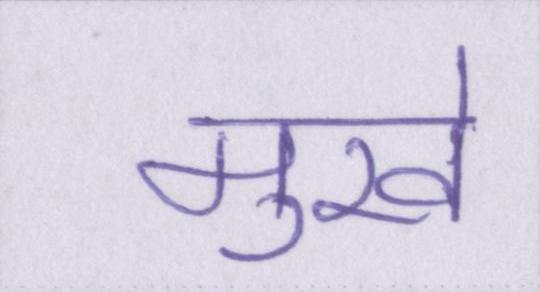
मुखे